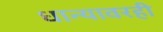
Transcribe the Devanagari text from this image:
धान्यावरही